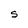
Character: S